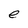
Character: e